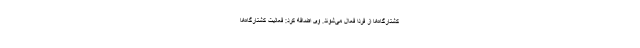
کشتارگاه‌ها از فردا فعال می‌شوند. وی اضافه کرد: فعالیت کشتارگاه‌ها